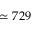
\simeq 7 2 9